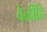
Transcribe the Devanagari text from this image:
वेळींहि